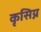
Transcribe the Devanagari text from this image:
कृसिय्न